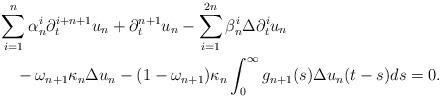
LaTeX: \begin{align*}&\sum_{i=1}^n \alpha_n^i\partial_t^{i+n+1}u_{n}+\partial_t^{n+1}u_{n}-\sum_{i=1}^{2n}\beta_n^i\Delta \partial_t^i u_n\\&\quad-\omega_{n+1}\kappa_n \Delta u_{n}-(1-\omega_{n+1})\kappa_n \int_0^\infty g_{n+1}(s)\Delta u_{n}(t-s)ds=0.\end{align*}